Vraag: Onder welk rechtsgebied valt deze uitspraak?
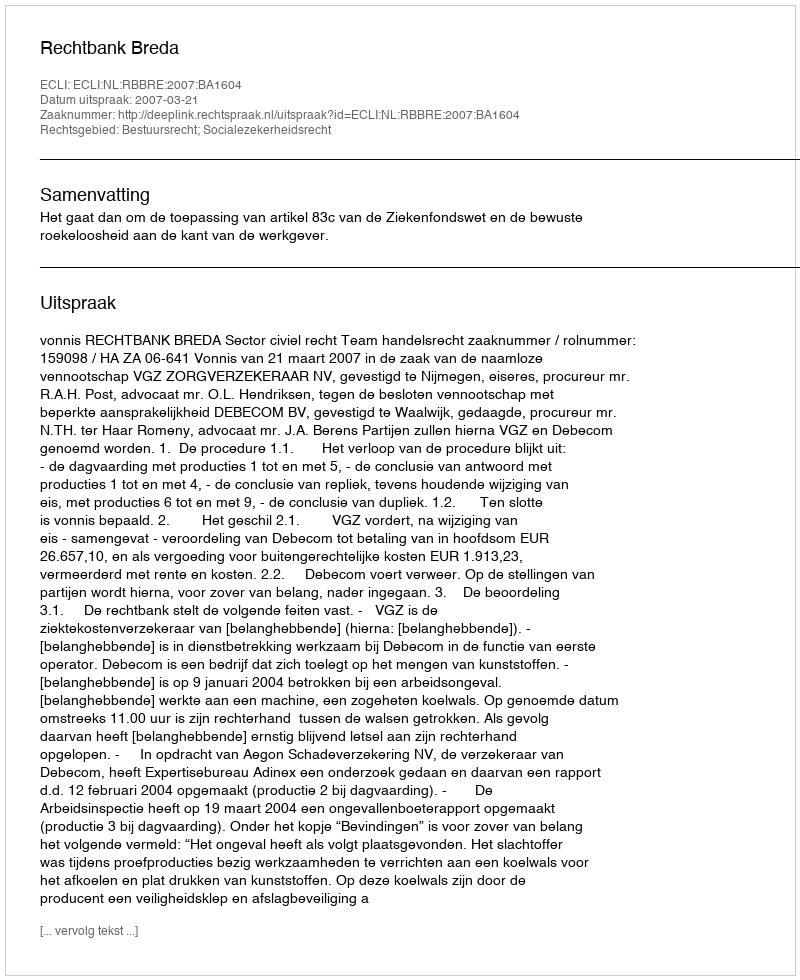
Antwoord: Bestuursrecht; Socialezekerheidsrecht